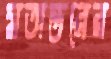
মতান্তরের